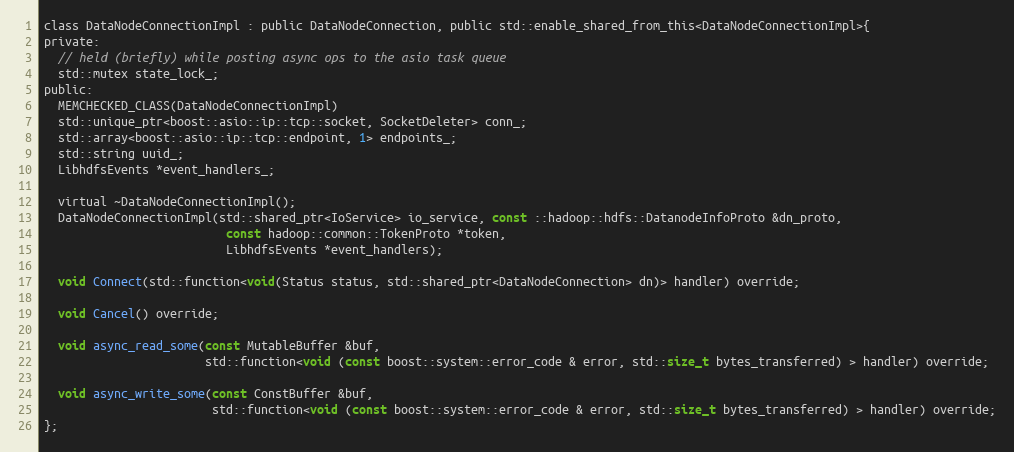
Language: C
class DataNodeConnectionImpl : public DataNodeConnection, public std::enable_shared_from_this<DataNodeConnectionImpl>{
private:
  // held (briefly) while posting async ops to the asio task queue
  std::mutex state_lock_;
public:
  MEMCHECKED_CLASS(DataNodeConnectionImpl)
  std::unique_ptr<boost::asio::ip::tcp::socket, SocketDeleter> conn_;
  std::array<boost::asio::ip::tcp::endpoint, 1> endpoints_;
  std::string uuid_;
  LibhdfsEvents *event_handlers_;

  virtual ~DataNodeConnectionImpl();
  DataNodeConnectionImpl(std::shared_ptr<IoService> io_service, const ::hadoop::hdfs::DatanodeInfoProto &dn_proto,
                          const hadoop::common::TokenProto *token,
                          LibhdfsEvents *event_handlers);

  void Connect(std::function<void(Status status, std::shared_ptr<DataNodeConnection> dn)> handler) override;

  void Cancel() override;

  void async_read_some(const MutableBuffer &buf,
                       std::function<void (const boost::system::error_code & error, std::size_t bytes_transferred) > handler) override;

  void async_write_some(const ConstBuffer &buf,
                        std::function<void (const boost::system::error_code & error, std::size_t bytes_transferred) > handler) override;
};